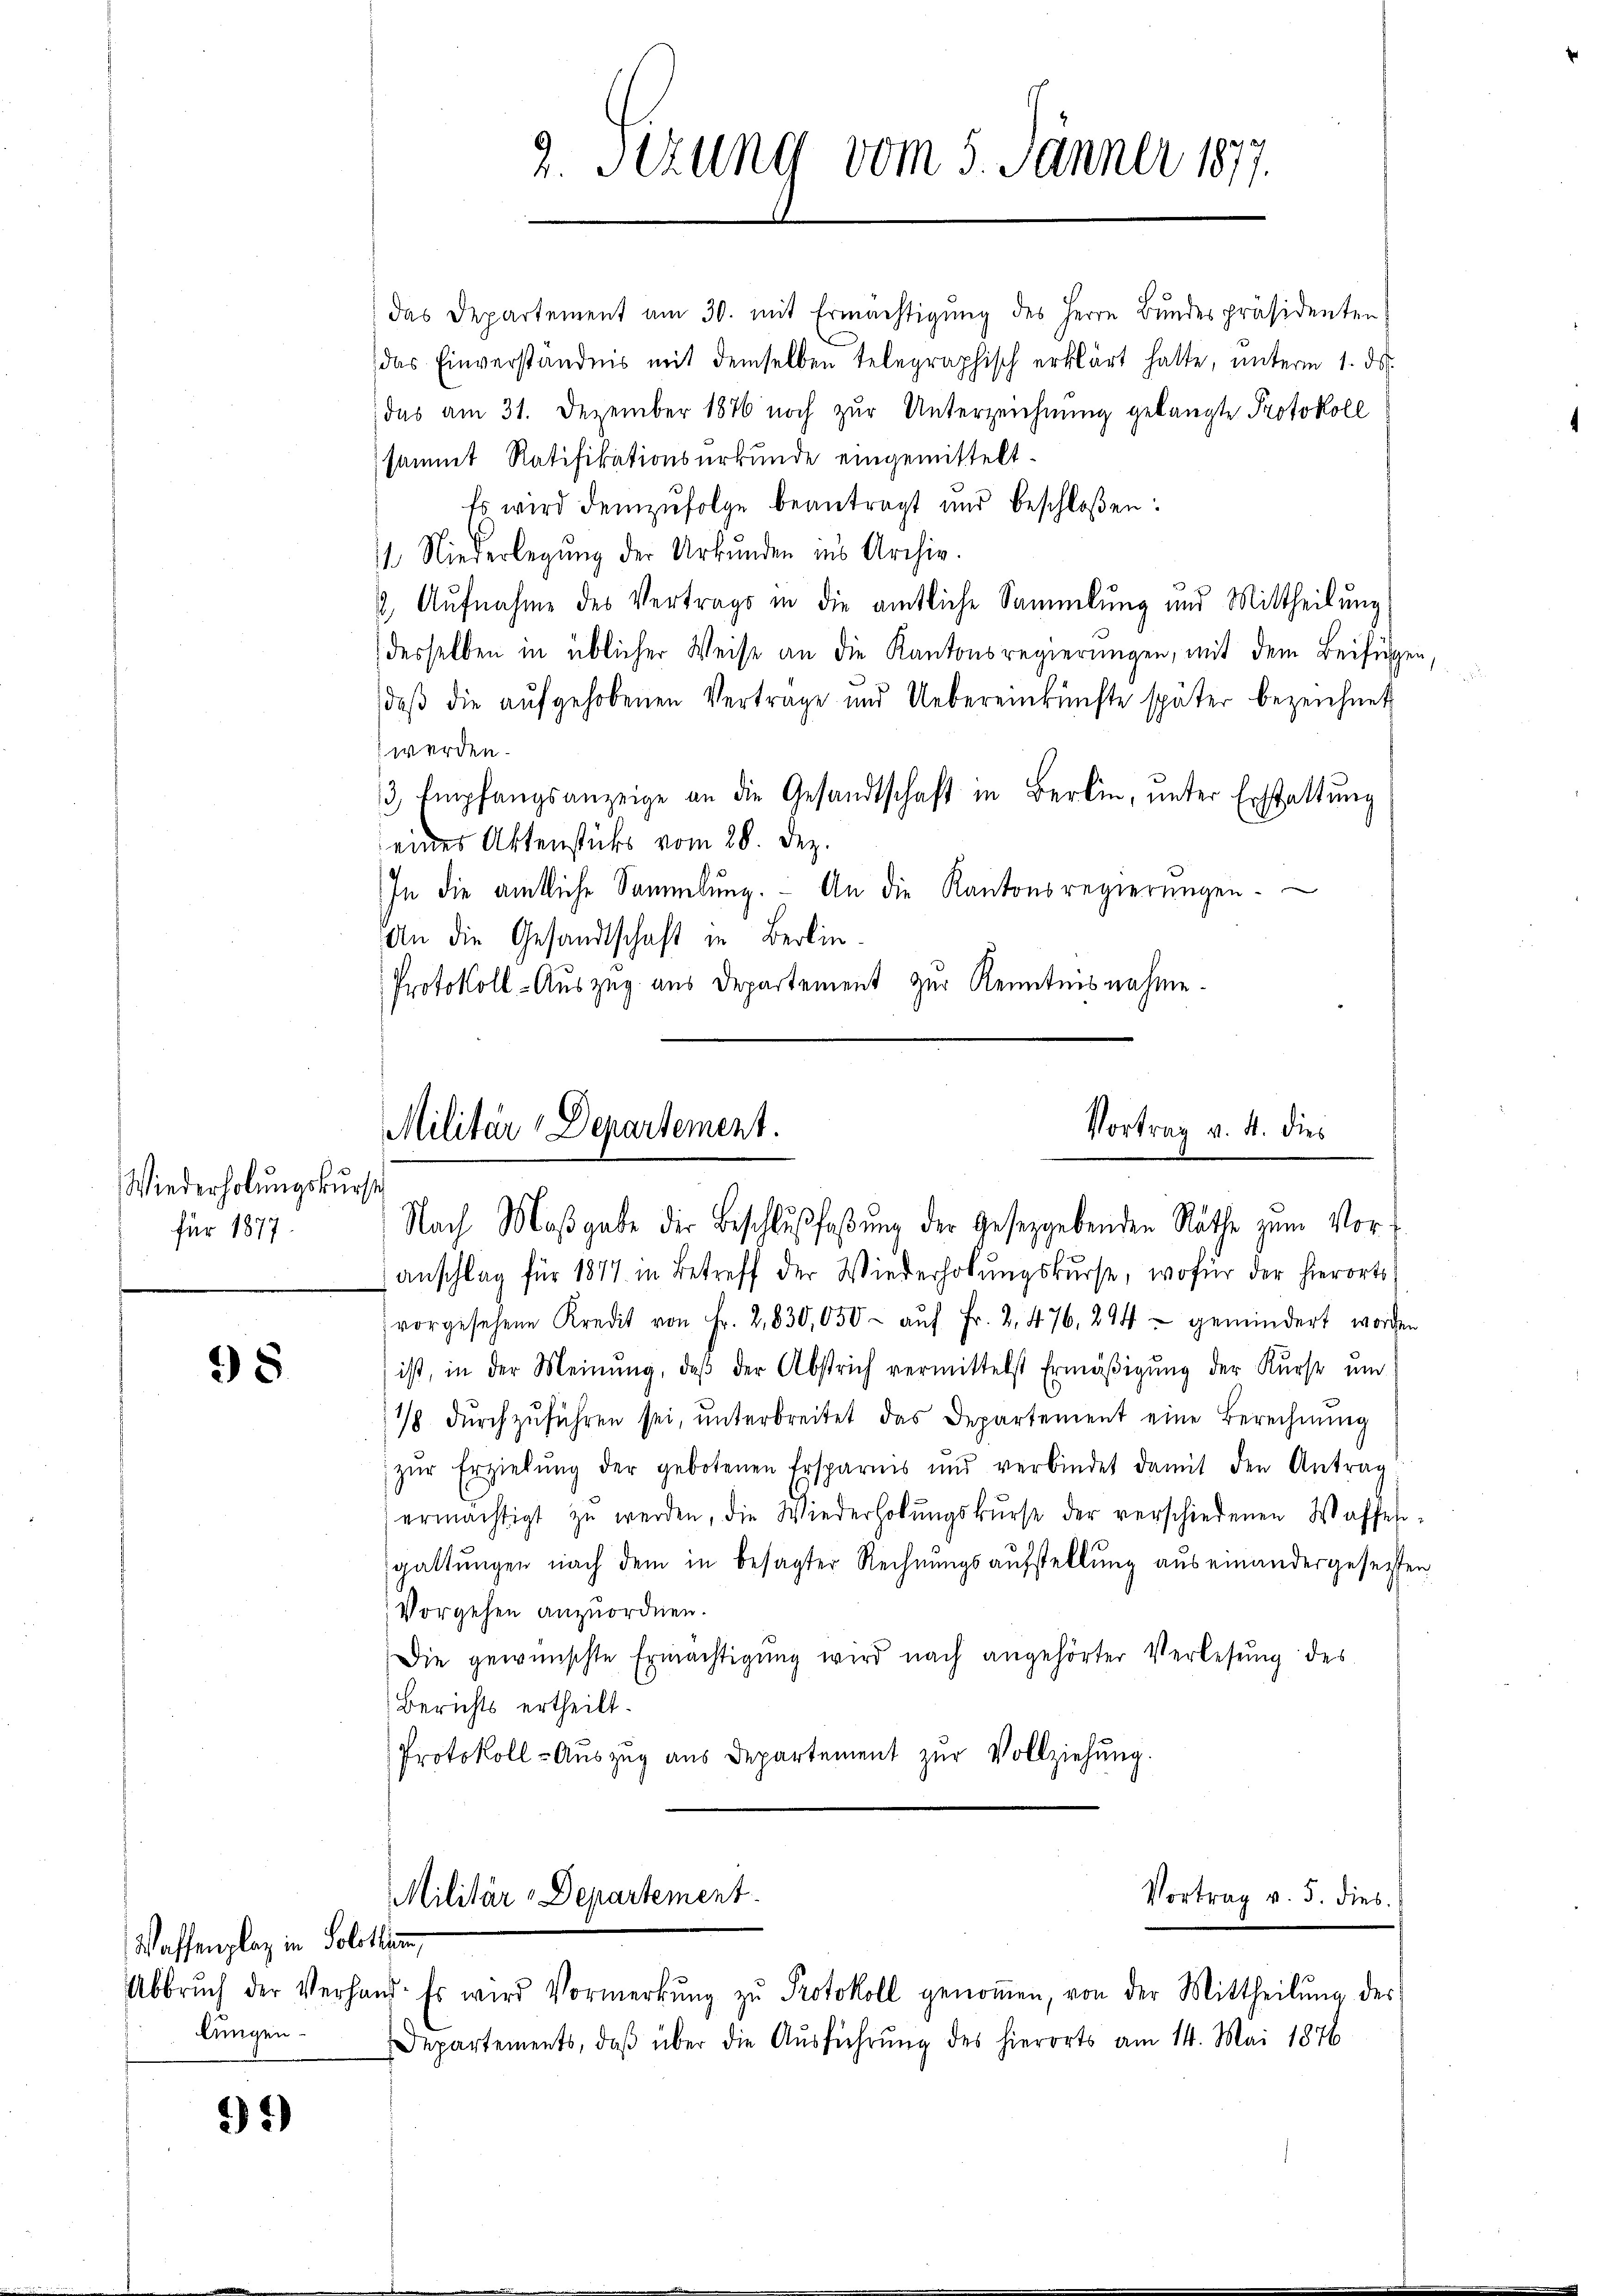
Wiederholungskurst
für 1877.

38

Waffenplaz in Solothurn,
lungen

91)

2. Sezung vom 5. Jänner 1877.

das Departement am 30. mit Ermächtigŭng des Herrn Bŭndespräsidenten
das Einverständnis mit demselben telegraphisch erklärt hatte, ŭnterm 1. ds.
das am 31. Dezember 1876 noch zŭr Unterzeichnŭng gelangte Protokoll
sammt Ratifikationsurkunde eingemittelt.
Es wird demzufolge beantragt und beschloßen:
11. Niederlegŭng der Urkunden ins Archiv.
2. Aufnahme des Vertrags in die amtliche Sammlung und Mittheilung
desselben in üblicher Weise an die Kantonsregierungen, mit dem Beifügen,
daβ die aŭfgehobenen Vertrage und Uebereinkünfte später bezeichnet
werden.
3 Empfangsanzeige an die Gesandtschaft in Berlin, unter Erstattŭng
eines Aktenstücks vom 28. Dez.
In die amtliche Sammlung. An die Kantonsregierŭngen.
An die Gesandtschaft in Berlin
Protokoll- Auszug aus Departement zur Kenntnisnahme.

Vortrag v. 4. dies
Militär-Departement.
Nach Maßgabe der Beschlußfaßung der Gesetzgebenden Räthe zum Vor¬

Militär-Departement.

anschlag für 1877 in Betreff der Wiederholŭngskŭrse, wofür der hierorts
vorgesehene Kredit von Fr. 2, 830,050- aŭf Fr. 2, 476. 294 - gemindert worden
ist, in der Meinŭng, daβ der Abstrich vermittelst Ermäβigŭng der Kurst und
¼ dŭrchzŭführen sei, ŭnterbreitet das Departement eine Berechnŭng
zŭr Erziehŭng der gebotenen Ersparnis und verbindet damit den Antrag
ermächtigt zŭ werden, die Wiederholŭngskŭrse der verschiedenen Waffeh-
sgattungen nach dem in besagter Rechnungsaufstellung aus einandergesetzten
Vorgehen anzuordnen.
Die gewünschte Ermächtigŭng wird nach angehörter Verlesung des
Berichts ertheilt.
Protokoll- Aŭszŭg aŭs Departement zŭr Vollziehung.

Abbrŭch der Verhand. Es wird Vormerkŭng zŭ Protokoll genoṁen, von der Mittheilŭng des
Departements, daβ über die Aŭsführŭng des hierorts am 14. Mai 1876

Vortrag v. 5. dies